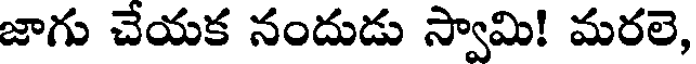
జాగు చేయక నందుడు స్వామి! మరలె,